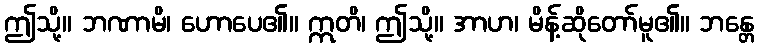
ဤသို့။ ဘဏာမိ၊ ဟောပေ၏။ ဣတိ၊ ဤသို့။ အာဟ၊ မိန့်ဆိုတော်မူ၏။ ဘန္တေ